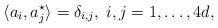
LaTeX: \begin{align*}\langle a_i,a_j^{\star}\rangle =\delta_{i,j},\; i,j=1,\ldots,4d,\end{align*}